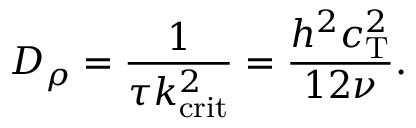
D _ { \rho } = \frac { 1 } { \tau k _ { \mathrm { c r i t } } ^ { 2 } } = \frac { h ^ { 2 } c _ { \mathrm { T } } ^ { 2 } } { 1 2 \nu } .